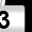
Digit: 3